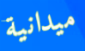
ميدانية